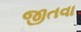
જીતવા